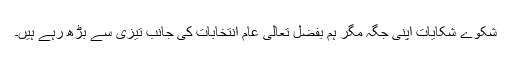
شکوے شکایات اپنی جگہ مگر ہم بفضل تعالی عام انتخابات کی جانب تیزی سے بڑھ رہے ہیں۔